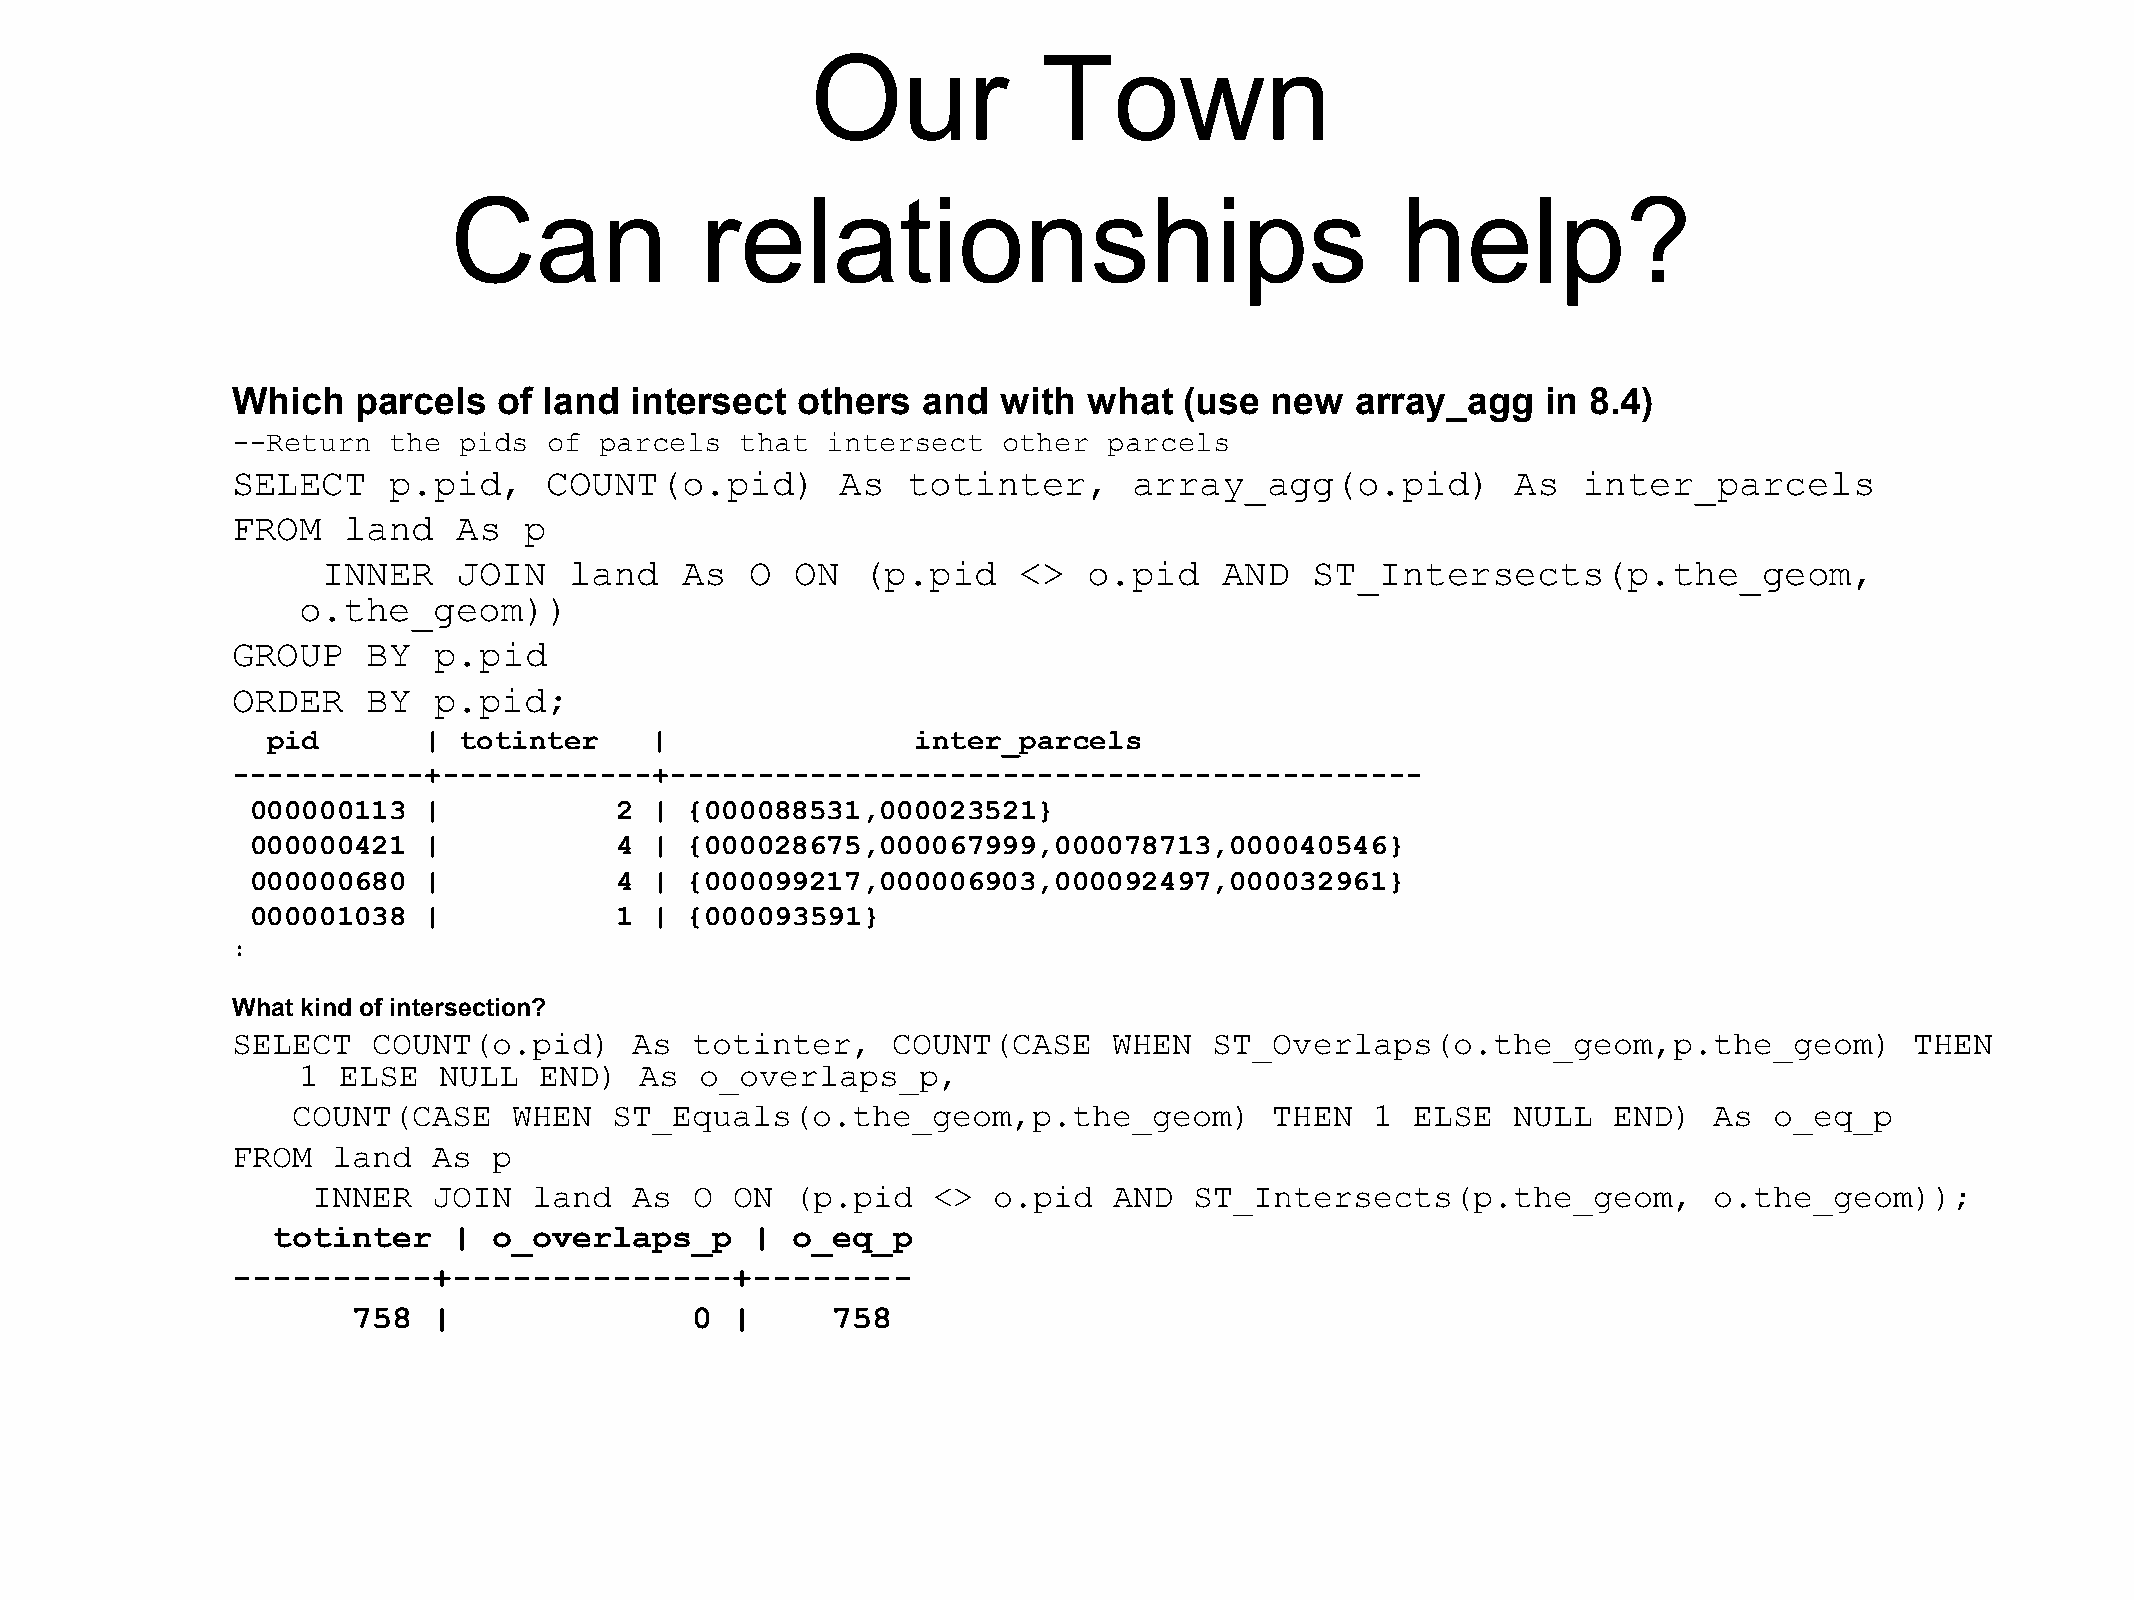
Our            Town
 Can             relationships                                  help?
 Which    parcels  of land  intersect  others  and  with  what  (use  new   array_agg   in 8.4)
 --Return   the pids  of  parcels  that  intersect  other  parcels
 SELECT     p.pid,    COUNT(o.pid)        As  totinter,      array_agg(o.pid)         As   inter_parcels
 FROM    land   As   p
 INNER    JOIN    land   As   O  ON  (p.pid     <>  o.pid    AND   ST_Intersects(p.the_geom,
 o.the_geom))
 GROUP    BY   p.pid
 ORDER    BY   p.pid;
 pid       | totinter     |                 inter_parcels
 -----------+------------+-------------------------------------------
 000000113  |            2 | {000088531,000023521}
 000000421  |            4 | {000028675,000067999,000078713,000040546}
 000000680  |            4 | {000099217,000006903,000092497,000032961}
 000001038  |            1 | {000093591}
 :
 What kind of intersection?
 SELECT    COUNT(o.pid)     As  totinter,    COUNT(CASE     WHEN  ST_Overlaps(o.the_geom,p.the_geom)             THEN
 1 ELSE   NULL   END)  As  o_overlaps_p,
 COUNT(CASE     WHEN   ST_Equals(o.the_geom,p.the_geom)           THEN   1 ELSE   NULL   END)  As  o_eq_p
 FROM   land   As  p
 INNER   JOIN  land   As  O ON  (p.pid    <>  o.pid   AND  ST_Intersects(p.the_geom,         o.the_geom));
 totinter    |  o_overlaps_p     | o_eq_p
 ----------+--------------+--------
 758   |                0 |      758